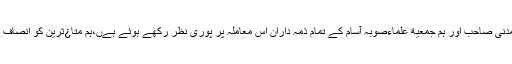
انہوں نے کہا کہ جمعیة علماءہند کے جنرل سکرےٹری مولانا سےد محمود اسعدمدنی صاحب اور ہم جمعیة علماءصوبہ آسام کے تمام ذمہ داران اس معاملہ پر پوری نظر رکھے ہوئے ہےں،ہم متا¿ثرین کو انصاف دلانے کے لئے کوشاں ہےں اور انشاءاللہ ہمےں انصاف ملنے کی پوری امید ہے۔